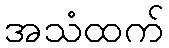
အသံထက်